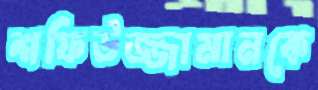
শফিউজ্জামানকে